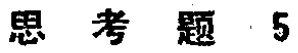
思考题 5